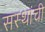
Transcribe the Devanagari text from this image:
सस्थांची